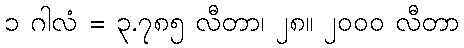
၁ ဂါလံ = ၃.၇၈၅ လီတာ၊ ၂၈။ ၂၀၀၀ လီတာ